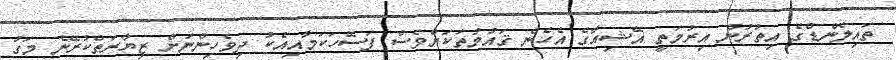
ތައިލެންޑްގެ އިތުރުން އިރުމަތީ އޭޝިއާގެ އެހެން ޤައުމުތަކަށްވެސް ފަސޭހަކަމާއިއެކު ދިވެހިންނަށް ޒިޔާރަތްކުރޭނެ މަގު